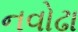
નવોઢા